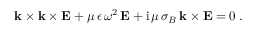
\begin{array} { r } { { \bf { k } } \times { \bf { k } } \times { \bf { E } } + \mu \, \epsilon \, \omega ^ { 2 } \, { \bf { E } } + \mathrm { i } \, \mu \, \sigma _ { B } \, { \bf { k } } \times { \bf { E } } = 0 \; . } \end{array}